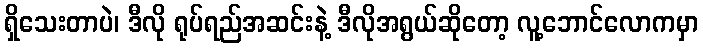
ရှိသေးတာပဲ၊ ဒီလို ရုပ်ရည်အဆင်းနဲ့ ဒီလိုအရွယ်ဆိုတော့ လူ့ဘောင်လောကမှာ